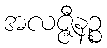
အလဇ္ဇီနဉ္စ